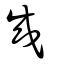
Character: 成